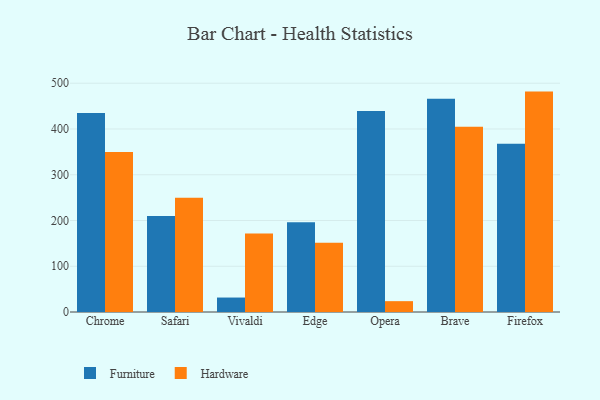
{"axis": {"x": "Browser", "y": "Market Share (%)"}, "legend": ["Furniture", "Hardware"], "data": [{"x": "Chrome", "y": 434.7, "type": "Furniture"}, {"x": "Chrome", "y": 349.9, "type": "Hardware"}, {"x": "Safari", "y": 209.6, "type": "Furniture"}, {"x": "Safari", "y": 249.6, "type": "Hardware"}, {"x": "Vivaldi", "y": 31.6, "type": "Furniture"}, {"x": "Vivaldi", "y": 171.8, "type": "Hardware"}, {"x": "Edge", "y": 196.1, "type": "Furniture"}, {"x": "Edge", "y": 151.4, "type": "Hardware"}, {"x": "Opera", "y": 439.1, "type": "Furniture"}, {"x": "Opera", "y": 23.7, "type": "Hardware"}, {"x": "Brave", "y": 466.1, "type": "Furniture"}, {"x": "Brave", "y": 404.8, "type": "Hardware"}, {"x": "Firefox", "y": 367.7, "type": "Furniture"}, {"x": "Firefox", "y": 481.7, "type": "Hardware"}]}